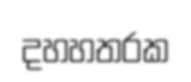
දහහතරක